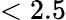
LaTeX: <2.5